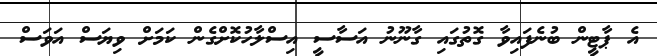
އެ ޕާޓީން ބުނެފައިވާ ގޮތުގައި ގާނޫނު އަސާސީ އިސްލާހުކޮށްގެން ކަމަށް ވިޔަސް އަވަސް